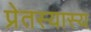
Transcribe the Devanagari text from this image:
प्रेतस्यास्य